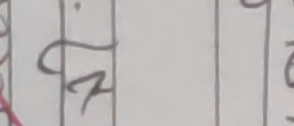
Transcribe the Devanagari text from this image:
ठ